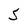
Character: S